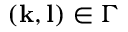
( \mathbf { k } , \mathbf { l } ) \in \Gamma